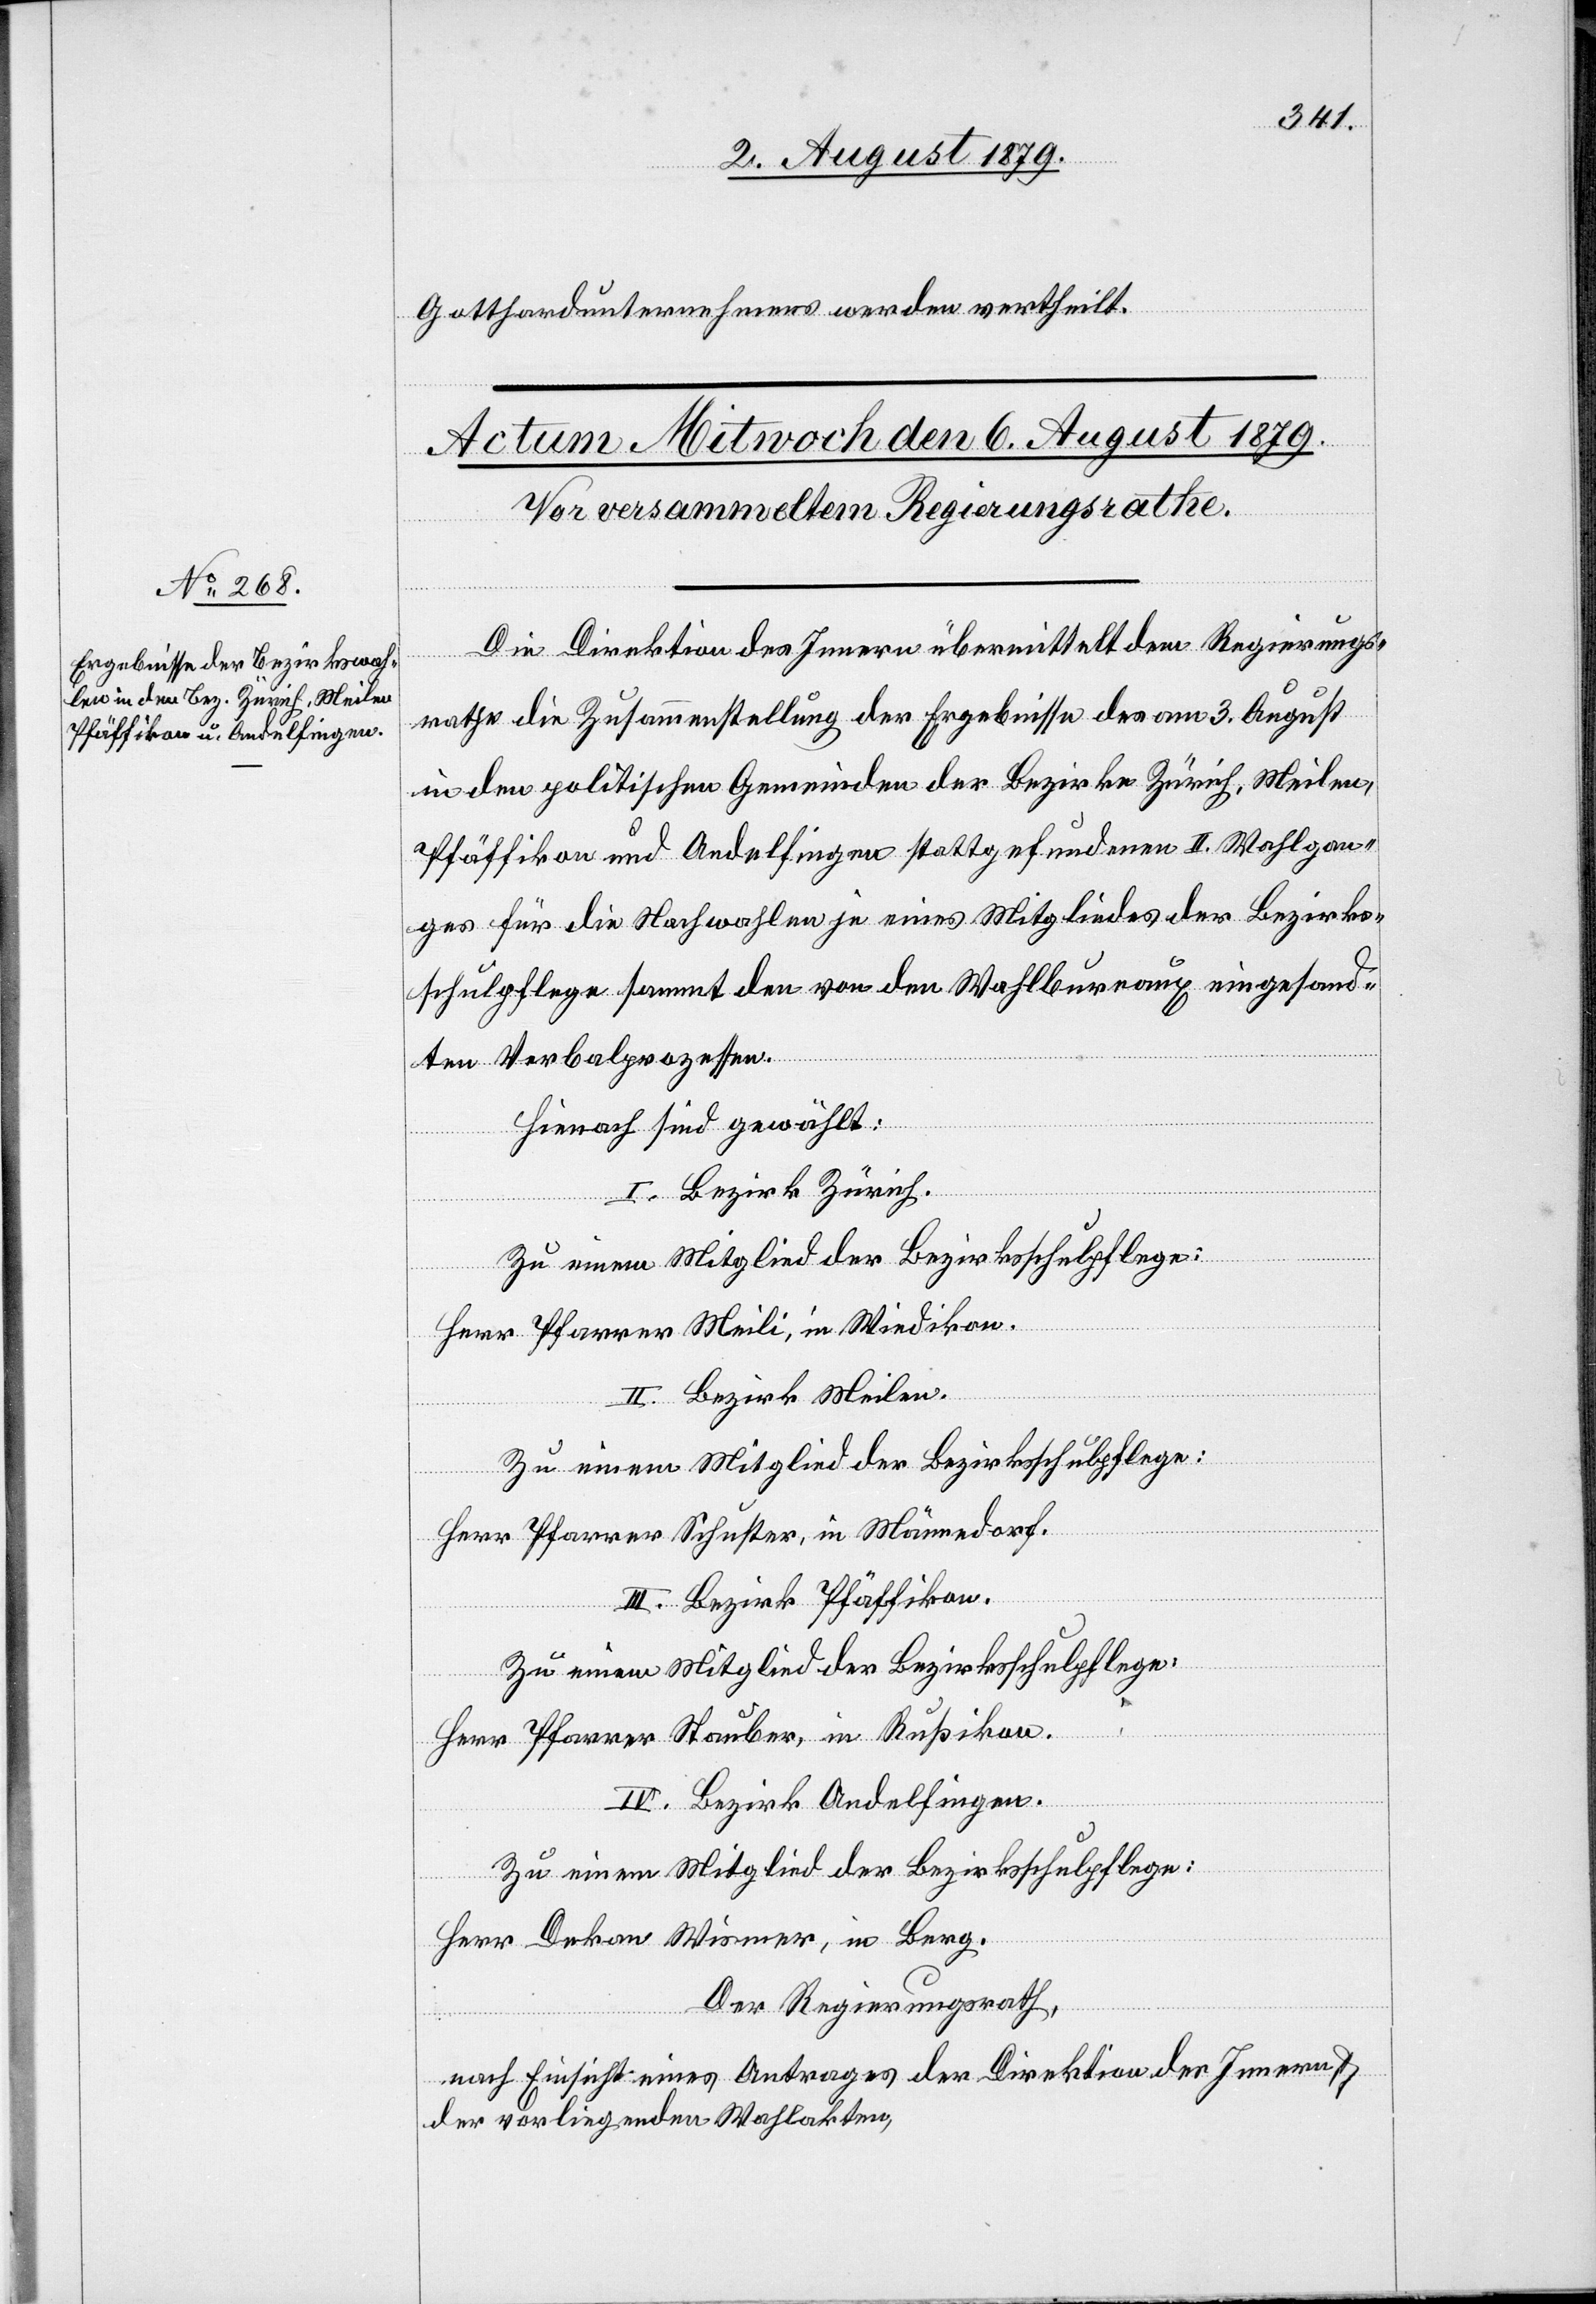
Gotthardunternehmens werden vertheilt.
Die Direktion des Innern übermittelt dem Regierungs¬
rathe die Zusammenstellung der Ergebnisse des am 3. August
in den politischen Gemeinden der Bezirke Zürich, Meilen,
Pfäffikon und Andelfingen stattgefundenen II. Wahlgan¬
ges für die Nachwahlen je eines Mitgliedes der Bezirks¬
schulpflege sammt den von den Wahlbureaux eingesand¬
ten Verbalprozesse.
Hienach sind gewählt:
I. Bezirk Zürich.
Zu einem Mitglied der Bezirksschulpflege:
Herr Pfarrer Meili, in Wiedikon.
II. Bezirk Meilen.
Zu einem Mitglied der Bezirksschulpflege:
Herr Pfarrer Schuster, in Männedorf.
III. Bezirk Pfäffikon.
Zu einem Mitglied der Bezirksschulpflege:
Herr Pfarrer Stauber, in Rußikon.
IV. Bezirk Andelfingen.
Zu einem Mitglied der Bezirksschulpflege:
Herr Dekan Wismer, in Berg.
Der Regierungsrath,
nach Einsicht eines Antrages der Direktion des Innern
der vorliegenden Wahlakten,